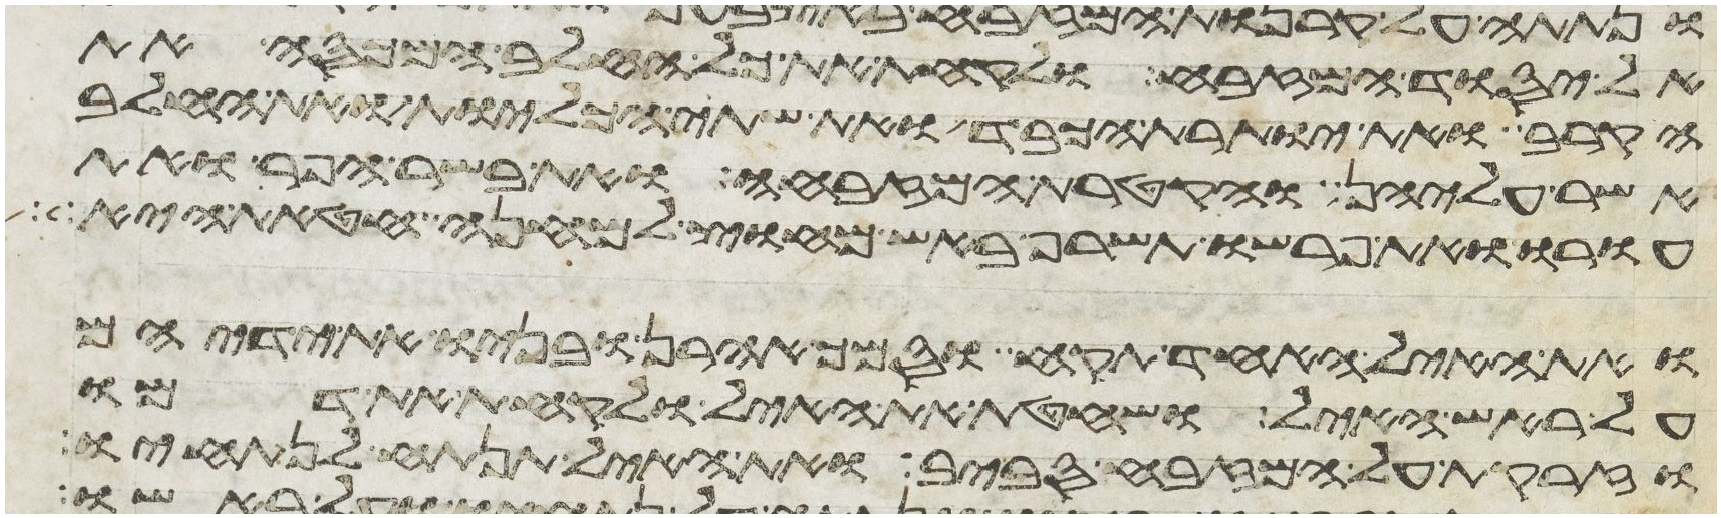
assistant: אל יסוד המזבח ולקחת את כל החלב המכסה את
הקרב ואת יותרת הכבד ואת שתי הכליות ואת החלב
אשר עליהן והקטרת המזבחה ואת בשר הפר ואת
עורו ואת פרשו תשרף באש מחוץ למחנה חטאת היא
ואת האיל האחד תקח וסמך אהרן ובניו את ידיהם
על ראש האיל ושחטת את האיל ולקחת את דמו
וזרקת על המזבח סביב ואת האיל תנתח לנתחיו